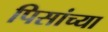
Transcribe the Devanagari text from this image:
पिसांच्या